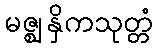
မဇ္ဈနှိကသုတ္တံ